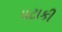
પટાકી